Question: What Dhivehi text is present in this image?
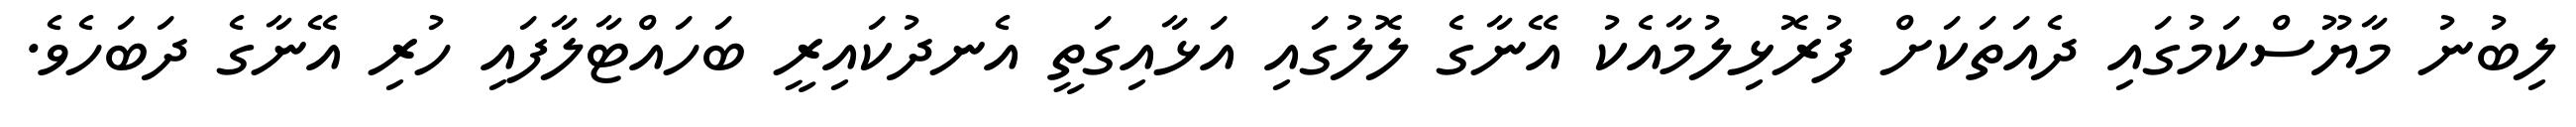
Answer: ލިބުނު މާޔޫސްކަމުގައި ދެއަތަކަށް ފުރޮޅިލުމާއެކު އޭނާގެ ލޮލުގައި އަޅާއިގަތީ އެނދުކައިރީ ބަހައްޓާލާފައި ހުރި އޭނާގެ ދަބަހެވެ.